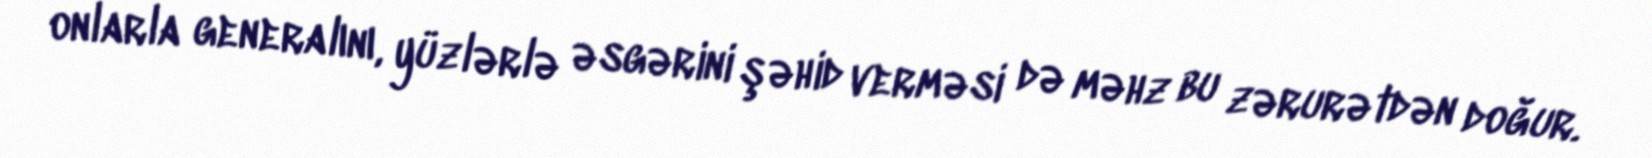
onlarla generalını, yüzlərlə əsgərini şəhid verməsi də məhz bu zərurətdən doğur.